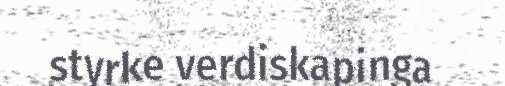
styrke verdiskapinga